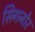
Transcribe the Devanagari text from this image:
सिगनोर